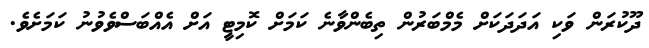
ދޫކުރަން ވަކި އަދަދަކަށް މެމްބަރުން ތިބެންވާނެ ކަމަށް ކޮމިޓީ އަށް އެއްބަސްވެވުނު ކަމަށެވެ.